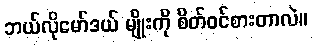
ဘယ်လိုမော်ဒယ် မျိုးကို စိတ်ဝင်စားတာလဲ။